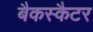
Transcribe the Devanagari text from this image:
बैकस्कैटर